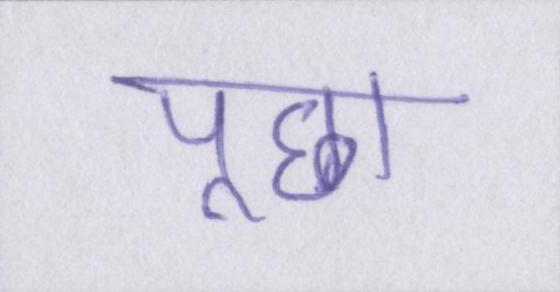
पूछा